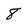
Character: 8